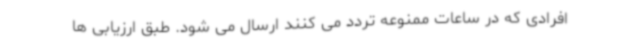
افرادی که در ساعات ممنوعه تردد می کنند ارسال می شود. طبق ارزیابی ها